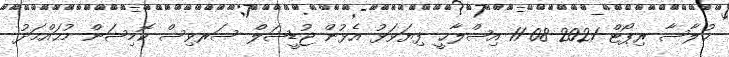
ޙުލާސާ ރިޕޯޓް 2021-08-11 އިޞްލާޙީ ފިޔަވަޅު އެޅުން ޖުޑީޝަލް ސަރވިސް ކޮމިޝަން މުޙައްމަދު